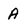
Character: a